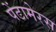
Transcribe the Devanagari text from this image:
पेंटामेरस